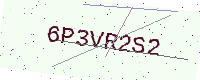
Text: 6P3VR2S2